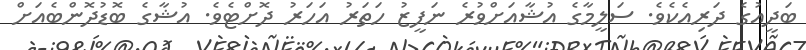
ބަދީއުގެ ދަރިއެކެވެ. ސަލީމާގެ އުޝާއަށްވުރެ ނަފީޒު ހަތަރު އަހަރު ދޮށްޓެވެ. އުޝާގެ ބޮޑުދޮންބެއަށް